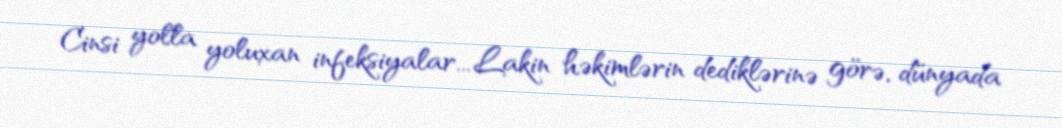
Cinsi yolla yoluxan infeksiyalar... Lakin həkimlərin dediklərinə görə, dünyada